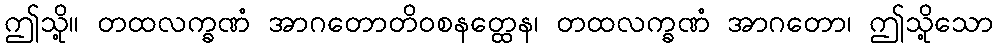
ဤသို့။ တထလက္ခဏံ အာဂတောတိဝစနတ္ထေန၊ တထလက္ခဏံ အာဂတော၊ ဤသို့သော